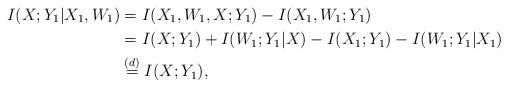
LaTeX: \begin{align*}I(X;Y_1|X_1,W_1) &= I(X_1,W_1,X;Y_1) - I(X_1,W_1;Y_1)\\&= I(X;Y_1) + I(W_1;Y_1|X) - I(X_1;Y_1) - I(W_1;Y_1|X_1) \\&\stackrel{(d)}{=} I(X;Y_1),\end{align*}